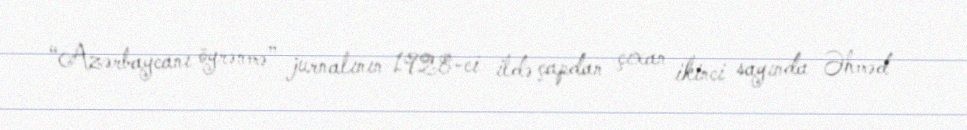
“Azərbaycanı öyrənmə” jurnalının 1928-ci ildə çapdan çıxan ikinci sayında Əhməd